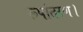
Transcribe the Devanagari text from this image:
रूपांतरण।